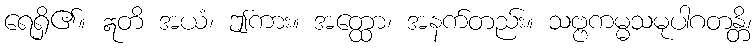
ရေရှိ၏။ ဣတိ အယံ၊ ဤကား။ အတ္ထော၊ အနက်တည်း။ သဗ္ဗကမ္မသမုပါဂတန္တိ၊